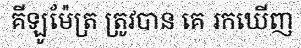
គីឡូម៉ែត្រ ត្រូវបាន គេ រកឃើញ